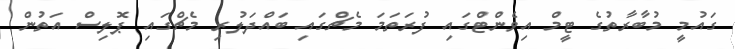
ގައުމީ މުބާރާތުގެ ޓީމް އިވެންޓްގައި ފުރަތަމަ މެޗްގައި ބައްދަލުރި މެޗްގައި ޕޮލިސް އަތުން